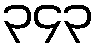
၃၄၃